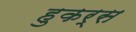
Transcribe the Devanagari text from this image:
हुकर्स